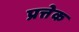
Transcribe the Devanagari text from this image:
प्रत्तेक